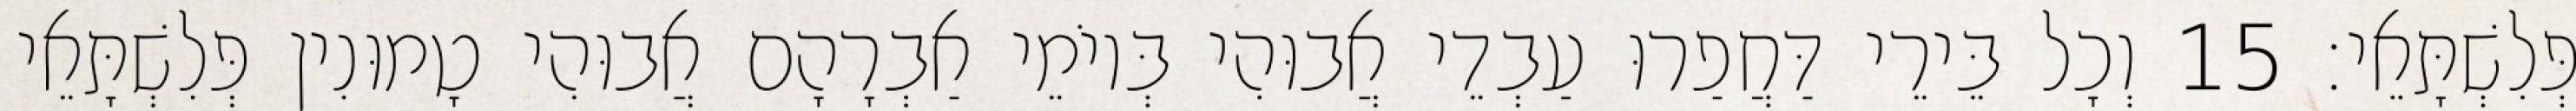
פְּלִשְׁתָּאֵי׃ 15 וְכָל בֵּירֵי דַּחֲפַרוּ עַבְדֵי אֲבוּהִי בְּיוֹמֵי אַבְרָהָם אֲבוּהִי טָמוּנִין פְּלִשְׁתָּאֵי